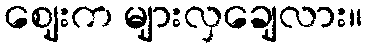
ဈေးက များလှချေလား။